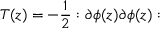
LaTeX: T ( z ) = - \frac { 1 } { 2 } : \partial \phi ( z ) \partial \phi ( z ) :